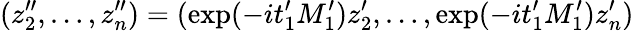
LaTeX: (z_{2}^{\prime\prime},\ldots,z_{n}^{\prime\prime})=(\exp(-it_{1}^{\prime}M_{1}^{\prime})z_{2}^{\prime},\ldots,\exp(-it_{1}^{\prime}M_{1}^{\prime})z_{n}^{\prime})